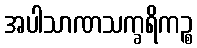
အပါသာဏသက္ခရိကဉ္စ